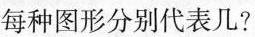
每种图形分别代表几?